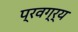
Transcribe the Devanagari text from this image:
प्रवग्र्य